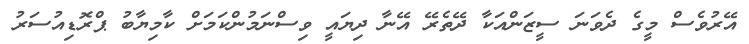
އޭރުވެސް މީގެ ދެވަނަ ސީޒަންއަކާ ދޭތެރޭ އޭނާ ދިޔައީ ވިސްނަމުންކަމަށް ކާމިޔާބު ޕްރޮޑިއުސަރު